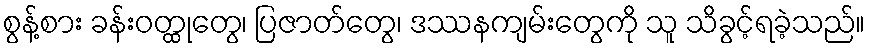
စွန့်စား ခန်းဝတ္ထုတွေ၊ ပြဇာတ်တွေ၊ ဒဿနကျမ်းတွေကို သူ သိခွင့်ရခဲ့သည်။